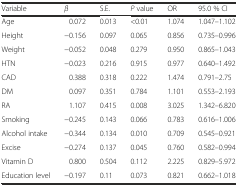
| Variable | β | S.E. | P value | OR | 95.0 % CI |
 | --- | --- | --- | --- | --- | --- |
 | Age | 0.072 | 0.013 | <0.01 | 1.074 | 1.047–1.102 |
 | Height | −0.156 | 0.097 | 0.065 | 0.856 | 0.735–0.996 |
 | Weight | −0.052 | 0.048 | 0.279 | 0.950 | 0.865–1.043 |
 | HTN | −0.023 | 0.216 | 0.915 | 0.977 | 0.640–1.492 |
 | CAD | 0.388 | 0.318 | 0.222 | 1.474 | 0.791–2.75 |
 | DM | 0.097 | 0.351 | 0.784 | 1.101 | 0.553–2.193 |
 | RA | 1.107 | 0.415 | 0.008 | 3.025 | 1.342–6.820 |
 | Smoking | −0.245 | 0.143 | 0.066 | 0.783 | 0.616–1.006 |
 | Alcohol intake | −0.344 | 0.134 | 0.010 | 0.709 | 0.545–0.921 |
 | Excise | −0.274 | 0.137 | 0.045 | 0.760 | 0.582–0.994 |
 | Vitamin D | 0.800 | 0.504 | 0.112 | 2.225 | 0.829–5.972 |
 | Education level | −0.197 | 0.11 | 0.073 | 0.821 | 0.662–1.018 |